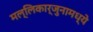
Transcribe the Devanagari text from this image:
मल्लिकार्जुनामध्ये